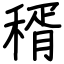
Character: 稰